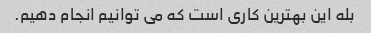
بله این بهترین کاری است که می توانیم انجام دهیم.